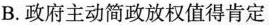
B.政府主动简政放权值得肯定